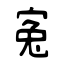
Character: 寃